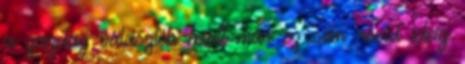
a gazdag választék miatt már ez sem rövid ideig